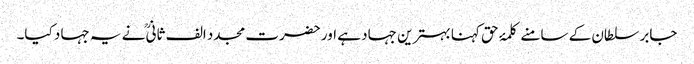
جابر سلطان کے سامنے کلمۂ حق کہنا بہترین جہاد ہے اور حضرت مجدد الف ثانیؒ نے یہ جہاد کیا۔